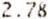
2.78